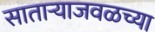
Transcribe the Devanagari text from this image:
साताऱ्याजवळच्या